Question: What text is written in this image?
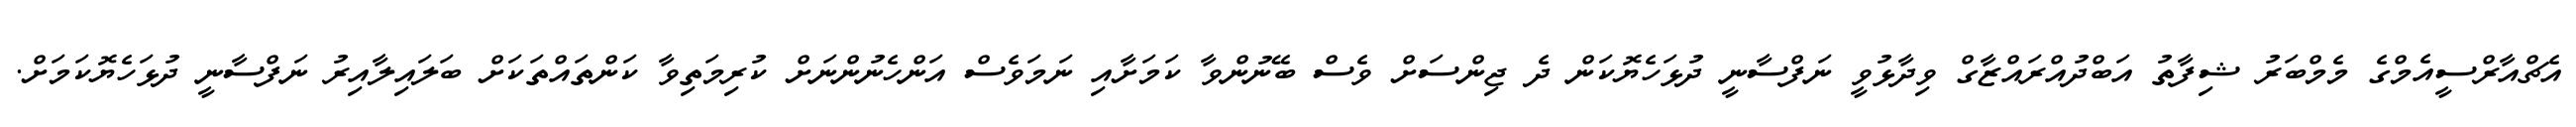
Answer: އެޗްއާރްސީއެމްގެ މެމްބަރު ޝިފާތު އަބްދުއްރައްޒާގް ވިދާޅުވީ ނަފްސާނީ ދުޅަހެޔޮކަން ދެ ޖިންސަށް ވެސް ބޭނުންވާ ކަމަށާއި ނަމަވެސް އަންހެނުންނަށް ކުރިމަތިވާ ކަންތައްތަކަށް ބަލައިލާއިރު ނަފްސާނީ ދުޅަހެޔޮކަމަށް.